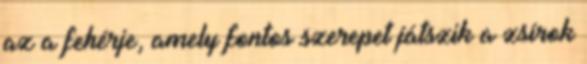
az a fehérje, amely fontos szerepet játszik a zsírok